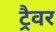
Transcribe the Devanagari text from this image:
ट्रैवर